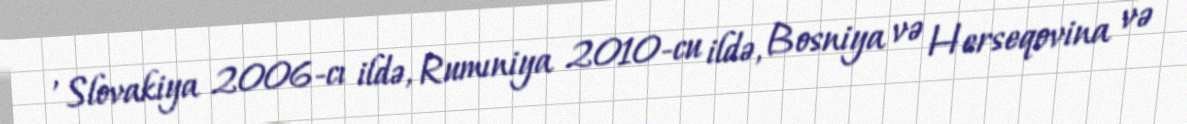
, Slovakiya 2006-cı ildə, Rumıniya 2010-cu ildə, Bosniya və Herseqovina və